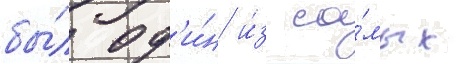
бы́л од'и́н и́з са́мых